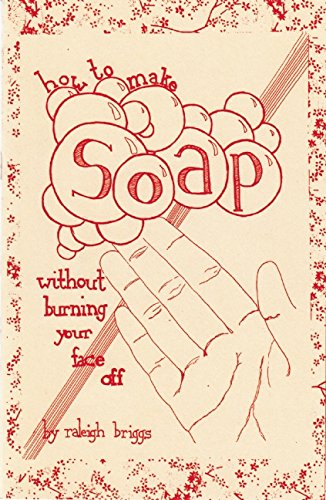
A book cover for How To Make Soap: Without Burning Your Face Off (DIY); Raleigh Briggs; Crafts, Hobbies & Home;